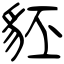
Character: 豾